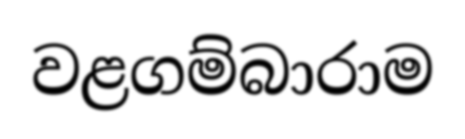
වළගම්බාරාම